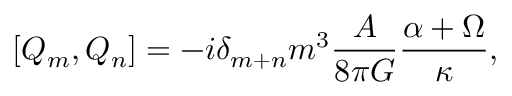
\left[ Q _ { m } , Q _ { n } \right] = - i \delta _ { m + n } m ^ { 3 } \frac { { \cal A } } { 8 \pi G } \frac { \alpha + \Omega } { \kappa } ,